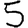
Digit: 5